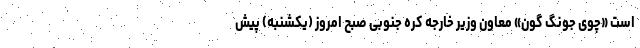
است «چوی جونگ گون» معاون وزیر خارجه کره جنوبی صبح امروز (یکشنبه) پیش